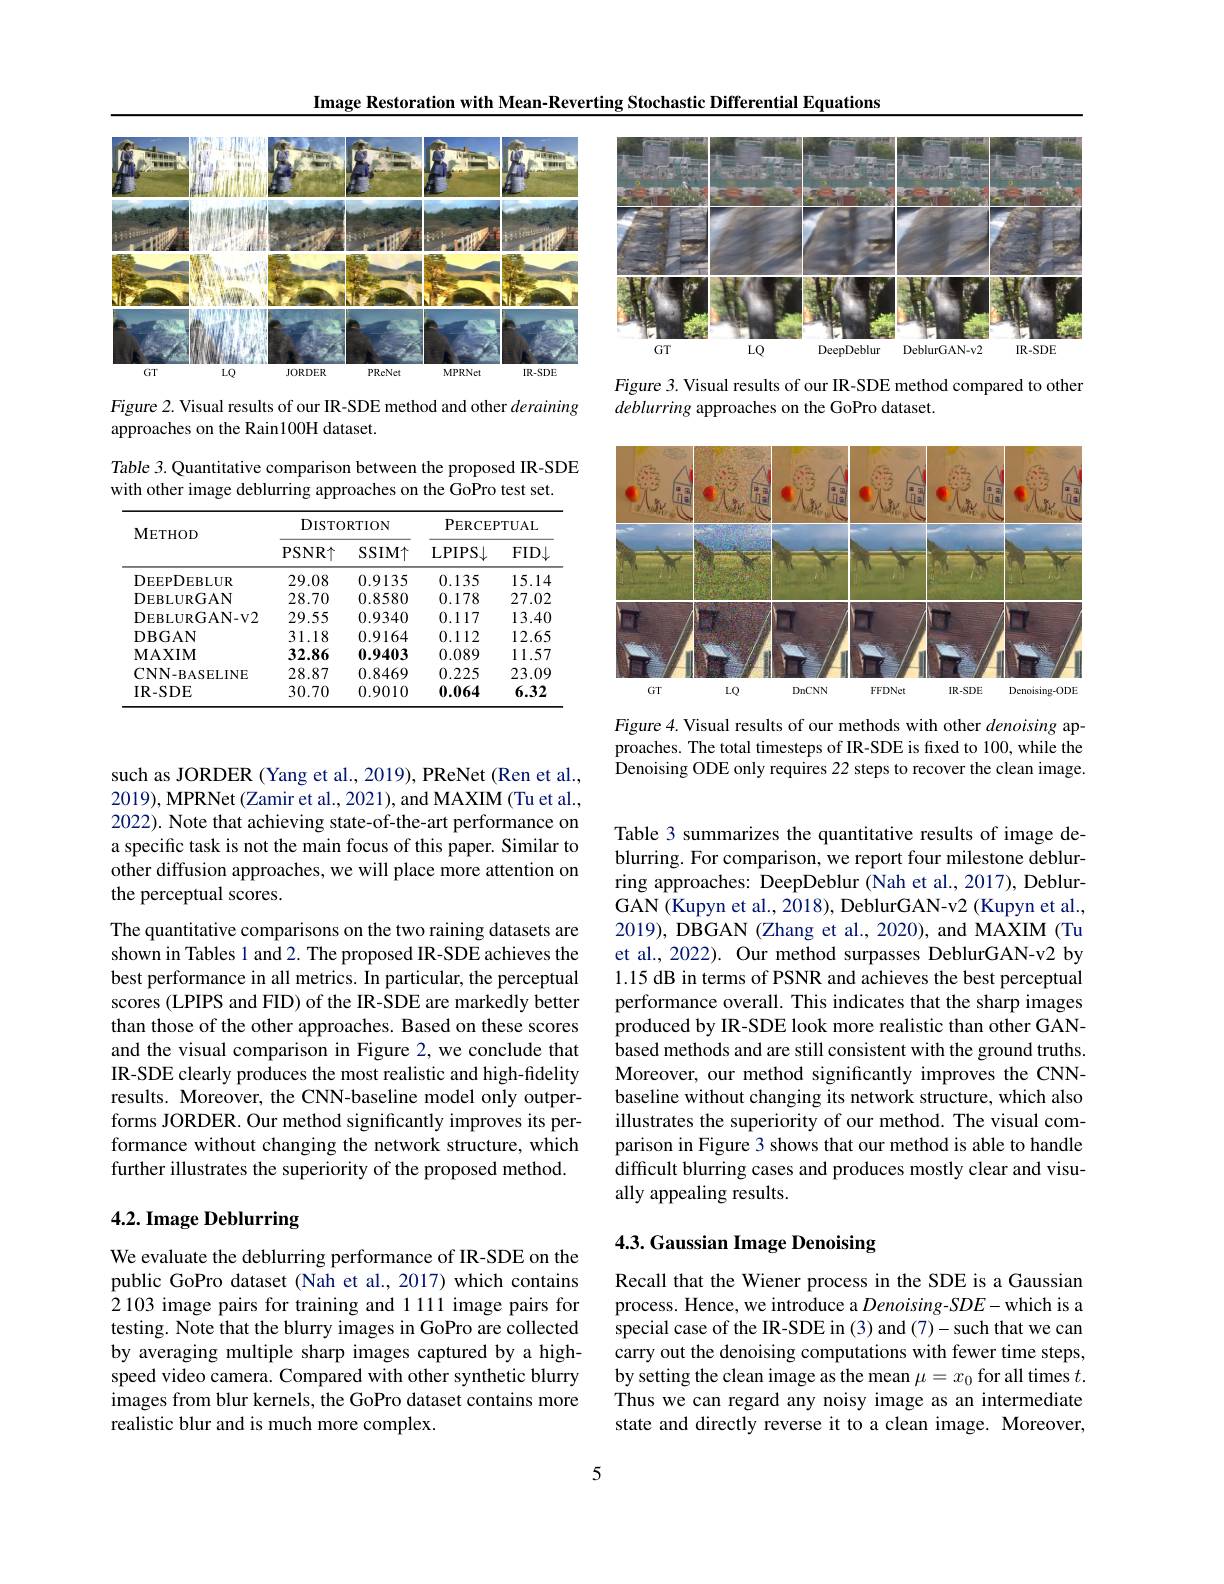
Image Restoration with Mean-Reverting Stochastic Differential Equations

<FigureHere>

Figure 2. Visual results of our IR-SDE method and other deraining
approaches on the Rain100H dataset.

Table 3. Quantitative comparison between the proposed IR-SDE
with other image deblurring approaches on the GoPro test set.

<table>
	<tbody>
		<tr>
			<th rowspan="2">$\mathbf{METHOD}$</th>
			<th colspan="2">DISTORTION</th>
			<th colspan="2">${\mathrm{PERCEPTUAL}}$</th>
		</tr>
		<tr>
			<th>PSNR$\uparrow$</th>
			<th>$SSIM\uparrow$</th>
			<th>LPIPS$\downarrow$</th>
			<th>FID$\downarrow$</th>
		</tr>
		<tr>
			<td>DEEPDEBLUR</td>
			<td>29.08</td>
			<td>0.9135</td>
			<td>0.135</td>
			<td>15.14</td>
		</tr>
		<tr>
			<td>DEBLURGAN</td>
			<td>28.70</td>
			<td>0.8580</td>
			<td>0.178</td>
			<td>27.02</td>
		</tr>
		<tr>
			<td>DEBLURGAN- V2</td>
			<td>29.55</td>
			<td>0.9340</td>
			<td>0.117</td>
			<td>13.40</td>
		</tr>
		<tr>
			<td>DBGAN</td>
			<td>31.18</td>
			<td>0.9164</td>
			<td>0.112</td>
			<td>12.65</td>
		</tr>
		<tr>
			<td>$\mathbf{MAXIM}$</td>
			<td>32.86</td>
			<td>0.9403</td>
			<td>0.089</td>
			<td>11.57</td>
		</tr>
		<tr>
			<td>$\mathbf{CNN-BASELINE}$</td>
			<td>28.87</td>
			<td>0.8469</td>
			<td>0.225</td>
			<td>23.09</td>
		</tr>
		<tr>
			<td>IR- SDE</td>
			<td>30.70</td>
			<td>0.9010</td>
			<td>0.064</td>
			<td>6.32</td>
		</tr>
	</tbody>
</table>

such as JORDER (Yang et al., 2019), PReNet (Ren et al., 2019),MPRNet (Zamir et al., 2021), and MAXIM (Tu et al., 2022). Note that achieving state-of-the-art performance on a specific task is not the main focus of this paper. Similar to other diffusion approaches, we will place more attention on the perceptual scores.

The quantitative comparisons on the two raining datasets are shown in Tables 1 and 2. The proposed IR-SDE achieves the best performance in all metrics. In particular, the perceptual scores (LPIPS and FID) of the IR-SDE are markedly better than those of the other approaches. Based on these scores and the visual comparison in Figure 2, we conclude that IR-SDE clearly produces the most realistic and high-fidelity results. Moreover, the CNN-baseline model only outperforms JORDER. Our method significantly improves its performance without changing the network structure, which further illustrates the superiority of the proposed method.

## 4.2. Image Deblurring

We evaluate the deblurring performance of IR-SDE on the public GoPro dataset (Nah et al., 2017) which contains 2 103 image pairs for training and 1111 image pairs for testing. Note that the blurry images in GoPro are collected by averaging multiple sharp images captured by a highspeed video camera. Compared with other synthetic blurry images from blur kernels, the GoPro dataset contains more realistic blur and is much more complex.

<FigureHere>

Figure 3. Visual results of our IR-SDE method compared to other
deblurring approaches on the GoPro dataset.

<FigureHere>

Figure 4. Visual results of our methods with other denoising approaches. The total timesteps of IR-SDE is fixed to 100, while the Denoising ODE only requires 22 steps to recover the clean image.

Table 3 summarizes the quantitative results of image deblurring. For comparison, we report four milestone deblurring approaches: DeepDeblur (Nah et al., 2017), DeblurGAN (Kupyn et al., 2018), DeblurGAN-v2 (Kupyn et al. 2019), DBGAN (Zhang et al., 2020), and MAXIM (Tu et al., 2022). Our method surpasses DeblurGAN-v2 by 1.15 dB in terms of PSNR and achieves the best perceptual performance overall. This indicates that the sharp images produced by IR-SDE look more realistic than other GANbased methods and are still consistent with the ground truths. Moreover, our method significantly improves the CNNbaseline without changing its network structure, which also illustrates the superiority of our method. The visual comparison in Figure 3 shows that our method is able to handle difficult blurring cases and produces mostly clear and visually appealing results.

## 4.3. Gaussian Image Denoising

Recall that the Wiener process in the SDE is a Gaussian process. Hence, we introduce a Denoising-SDE- which is a special case of the IR-SDE in (3) and (7)-such that we can carry out the denoising computations with fewer time steps, by setting the clean image as the mean $\mu=x_0$ for all times $t.$ Thus we can regard any noisy image as an intermediate state and directly reverse it to a clean image. Moreover,

5